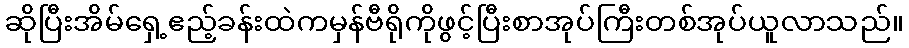
ဆိုပြီးအိမ်ရှေ့ဧည့်ခန်းထဲကမှန်ဗီရိုကိုဖွင့်ပြီးစာအုပ်ကြီးတစ်အုပ်ယူလာသည်။